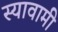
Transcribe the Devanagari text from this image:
स्यावामी